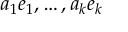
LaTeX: a _ { 1 } e _ { 1 } , \ldots , a _ { k } e _ { k }